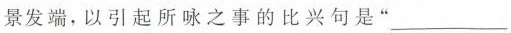
景发端，以引起所咏之事的比兴句是”___